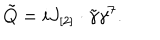
\tilde { Q } = i J _ { [ 2 ] } \cdot \tilde { \gamma } \gamma ^ { 7 } .